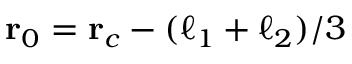
\mathbf { r } _ { 0 } = \mathbf { r } _ { c } - ( \boldsymbol { \ell } _ { 1 } + \boldsymbol { \ell } _ { 2 } ) / 3